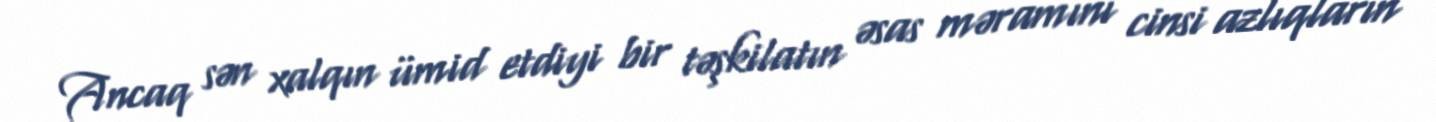
Ancaq sən xalqın ümid etdiyi bir təşkilatın əsas məramını cinsi azlıqların